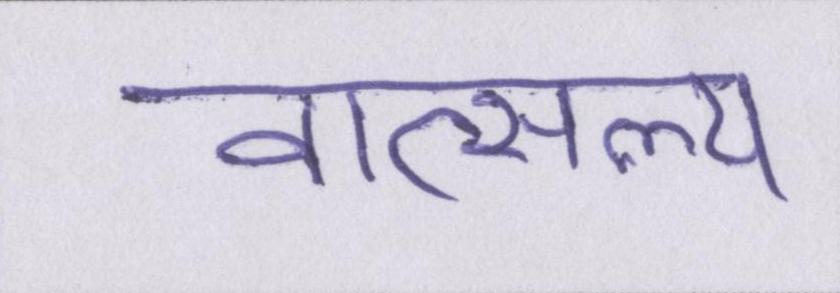
वात्सल्य